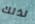
لذلك